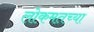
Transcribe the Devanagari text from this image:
लोकमतच्या